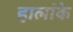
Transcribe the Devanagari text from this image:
हालांके